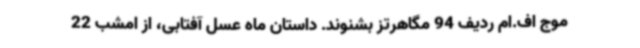
موج اف.ام ردیف 94 مگاهرتز بشنوند. داستان ماه عسل آفتابی، از امشب 22